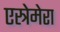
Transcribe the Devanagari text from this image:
एस्त्रेमेरा